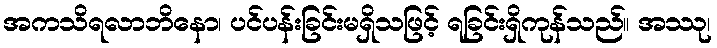
အကသိရလာဘိနော၊ ပင်ပန်းခြင်းမရှိသဖြင့် ရခြင်းရှိကုန်သည်။ အဿု၊